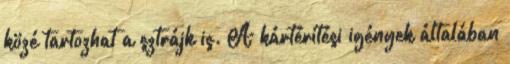
közé tartozhat a sztrájk is. A kártérítési igények általában